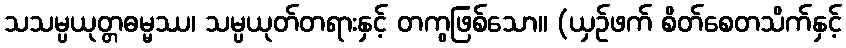
သသမ္ပယုတ္တဓမ္မဿ၊ သမ္ပယုတ်တရားနှင့် တကွဖြစ်သော။ (ယှဉ်ဖက် စိတ်စေတသိက်နှင့်